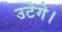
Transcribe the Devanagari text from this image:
उटेगे।